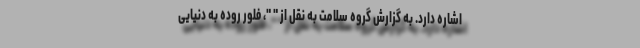
اشاره دارد. به گزارش گروه سلامت به نقل از " "، فلور روده به دنیایی